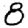
Digit: 8